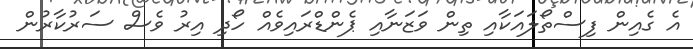
އެ ގެއިން ފިސްތޯލައަކާއި ތިން ވަޒަނާއި ޕެންޑްރައިވެއް ހޯދި އިރު ވެސް ސަރުކާރުން